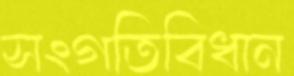
সংগতিবিধান